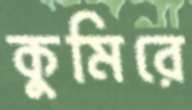
কুমিরে